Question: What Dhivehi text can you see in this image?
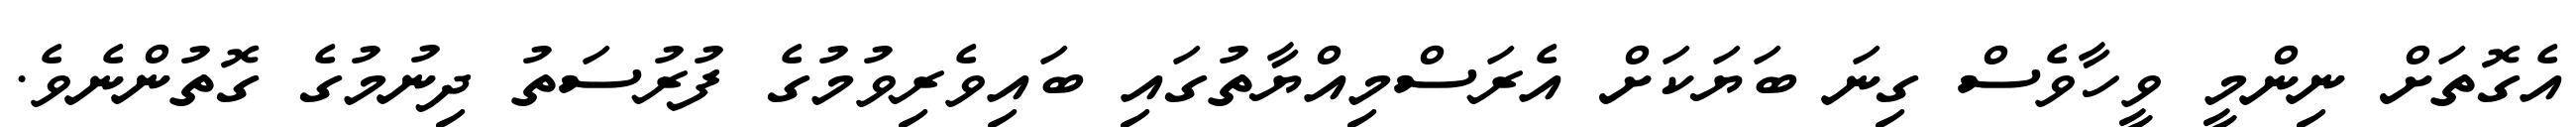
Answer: އެގޮތަށް ނިންމީ ވީހާވެސް ގިނަ ބަޔަކަށް އެރަސްމިއްޔާތުގައި ބައިވެރިވުމުގެ ފުރުސަތު ދިނުމުގެ ގޮތުންނެވެ.